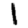
Digit: 1